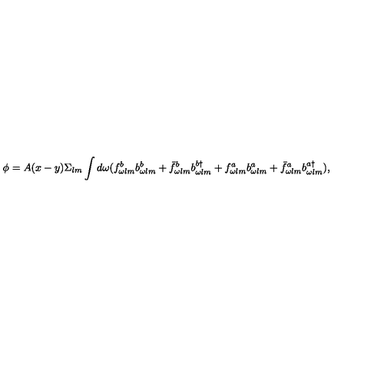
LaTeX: \phi = A ( x - y ) \Sigma _ { l m } \int d \omega ( f _ { \omega l m } ^ { b } b _ { \omega l m } ^ { b } + \bar { f } _ { \omega l m } ^ { b } b _ { \omega l m } ^ { b \dagger } + f _ { \omega l m } ^ { a } b _ { \omega l m } ^ { a } + \bar { f } _ { \omega l m } ^ { a } b _ { \omega l m } ^ { a \dagger } ) ,